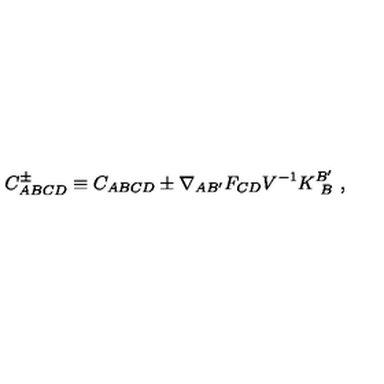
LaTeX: C _ { A B C D } ^ { \pm } \equiv C _ { A B C D } \pm \nabla _ { A B ^ { \prime } } F _ { C D } V ^ { - 1 } K _ { \ B } ^ { B ^ { \prime } } \ ,